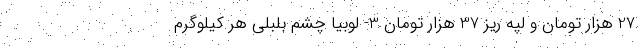
27 هزار تومان و لپه ریز 37 هزار تومان 3- لوبیا چشم بلبلی هر کیلوگرم